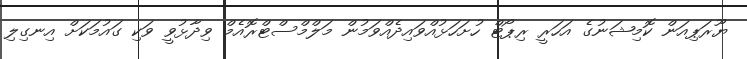
ޔޫރަޕިއަން ކޮމިޝަނުގެ އަހަރީ ރިޕޯޓް ހުށަހަޅުއްވައިދެއްވަމުން މަލްމްސްޓްރޮއެމް ވިދާޅުވީ ވަކި ގައުމަކަށް އިނގިލި